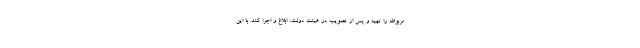
مربوطه را تهیه و پس از تصویب در هیئت دولت، ابلاغ و اجرا کند. با این